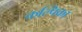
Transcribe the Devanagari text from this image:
कल्पिका